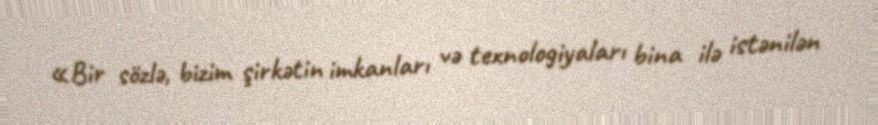
«Bir sözlə, bizim şirkətin imkanları və texnologiyaları bina ilə istənilən